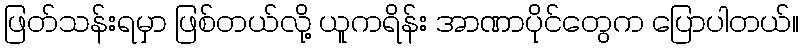
ဖြတ်သန်းရမှာ ဖြစ်တယ်လို့ ယူကရိန်း အာဏာပိုင်တွေက ပြောပါတယ်။